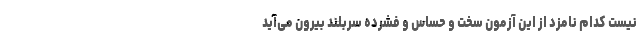
نیست کدام نامزد از این آزمون سخت و حساس و فشرده سربلند بیرون می‌آید